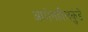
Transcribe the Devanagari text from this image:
आगेनहीलकुंडे